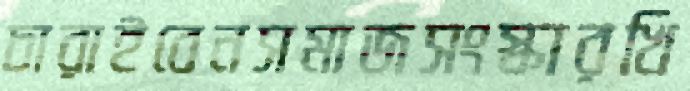
চারাইবেনসমাজসংস্কারখি